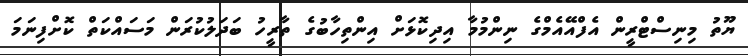
ޔޫތު މިނިސްޓްރީން އެފްއޭއެމްގެ ނިންމުމާ އިދިކޮޅަށް އިންތިހާބުގެ ތާރީހު ބަދަލުކުރަން މަސައްކަތް ކޮށްފިނަމަ